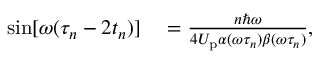
\begin{array} { r l } { \sin [ \omega ( \tau _ { n } - 2 t _ { n } ) ] } & { { } = \frac { n \hbar \omega } { 4 U _ { \mathrm { p } } \alpha ( \omega \tau _ { n } ) \beta ( \omega \tau _ { n } ) } , } \end{array}